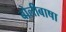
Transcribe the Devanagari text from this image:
बोलीबाषा